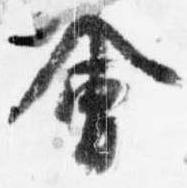
会